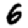
Digit: 6